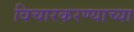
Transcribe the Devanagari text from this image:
विचारकरण्याच्या